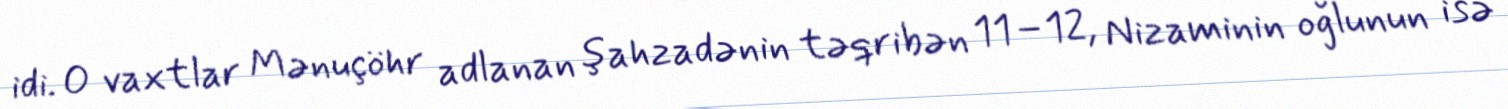
idi. O vaxtlar Mənuçöhr adlanan şahzadənin təqribən 11–12, Nizaminin oğlunun isə